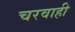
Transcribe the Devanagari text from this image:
चरवाही